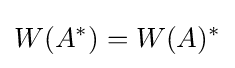
W(A^{*})=W(A)^{*}